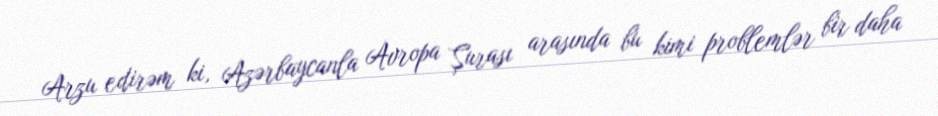
Arzu edirəm ki, Azərbaycanla Avropa Şurası arasında bu kimi problemlər bir daha